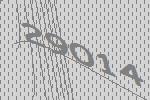
29014